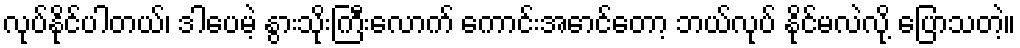
လုပ်နိုင်ပါတယ်၊ ဒါပေမဲ့ နွားသိုးကြီးလောက် ကောင်းအောင်တော့ ဘယ်လုပ် နိုင်မလဲလို့ ပြောသတဲ့။